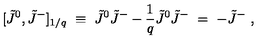
[ \tilde { J } ^ { 0 } , \tilde { J } ^ { - } ] _ { 1 / q } \ \equiv \ \tilde { J } ^ { 0 } \tilde { J } ^ { - } - \frac { 1 } { q } \tilde { J } ^ { 0 } \tilde { J } ^ { - } \ = \ - \tilde { J } ^ { - } \ ,